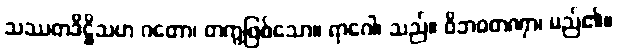
သဿတဒိဋ္ဌိသဟ ဂတော၊ တကွဖြစ်သော။ ရာဂေါ၊ သည်။ ဝိဘဝတဏှာ၊ မည်၏။